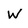
Character: W